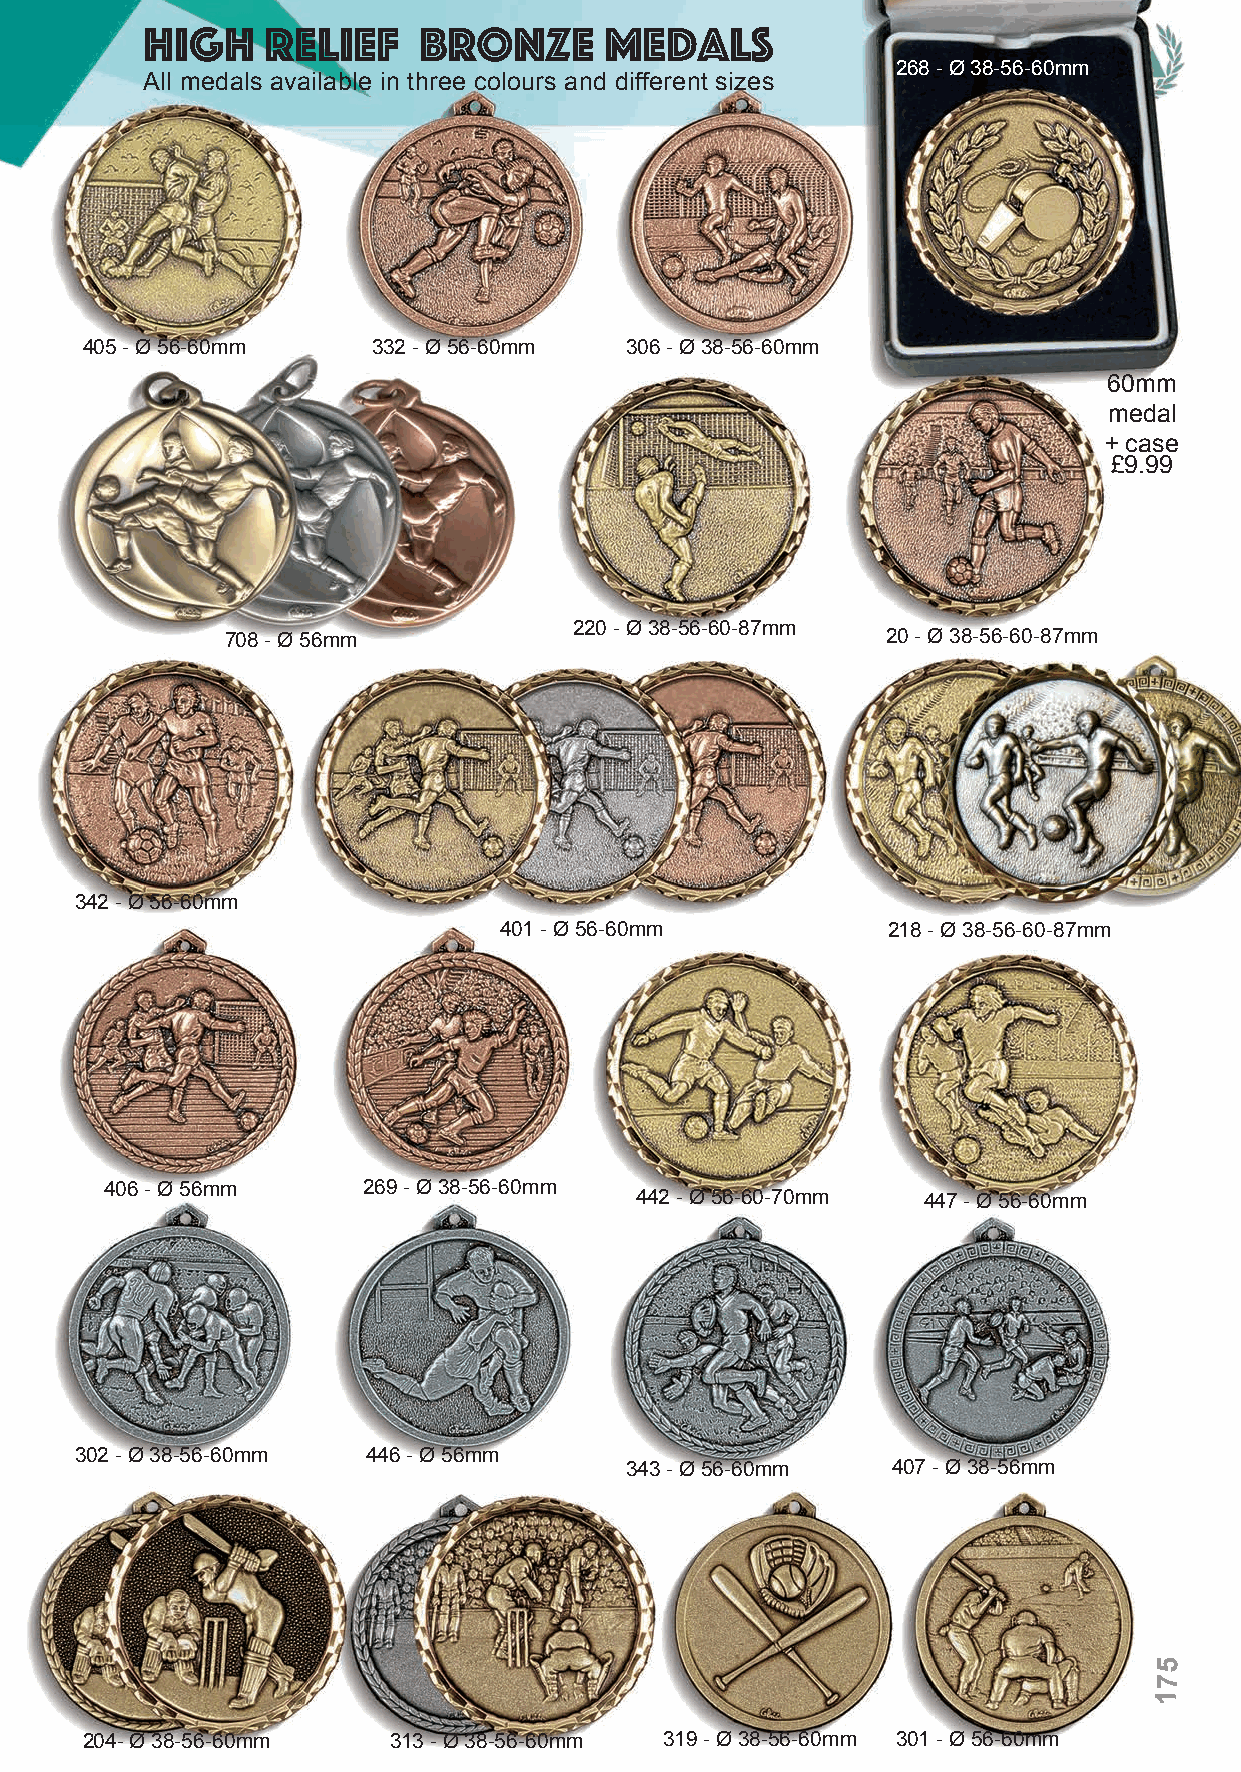
High     Relief    Bronze      Medals
 268 - Ø 38-56-60mm
 All medals available in three colours and different sizes
 405 - Ø 56-60mm     332 - Ø 56-60mm 306 - Ø 38-56-60mm
 60mm
 medal
 + case
 £9.99
 220 - Ø 38-56-60-87mm
 708 - Ø 56mm                                20 - Ø 38-56-60-87mm
 342 - Ø 56-60mm
 401 - Ø 56-60mm           218 - Ø 38-56-60-87mm
 406 - Ø 56mm     269 - Ø 38-56-60mm
 442 - Ø 56-60-70mm 447 - Ø 56-60mm
 302 - Ø 38-56-60mm 446 - Ø 56mm
 343 - Ø 56-60mm   407 - Ø 38-56mm
 5
 7
 1
 204- Ø 38-56-60mm    313 - Ø 38-56-60mm 319 - Ø 38-56-60mm 301 - Ø 56-60mm